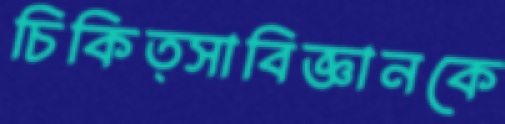
চিকিত্সাবিজ্ঞানকে